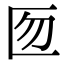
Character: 匢